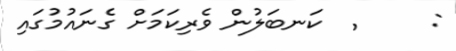
: